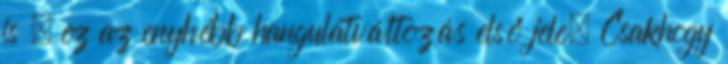
is – ez az enyhébb hangulatváltozás első jele. Csakhogy